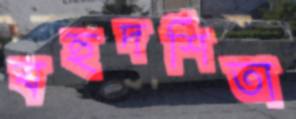
বহুদর্শিতা